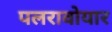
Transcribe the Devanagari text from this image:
पलरावोयार